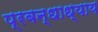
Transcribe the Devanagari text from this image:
प्रबन्धाध्याय